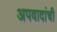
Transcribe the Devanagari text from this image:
अपवादांची